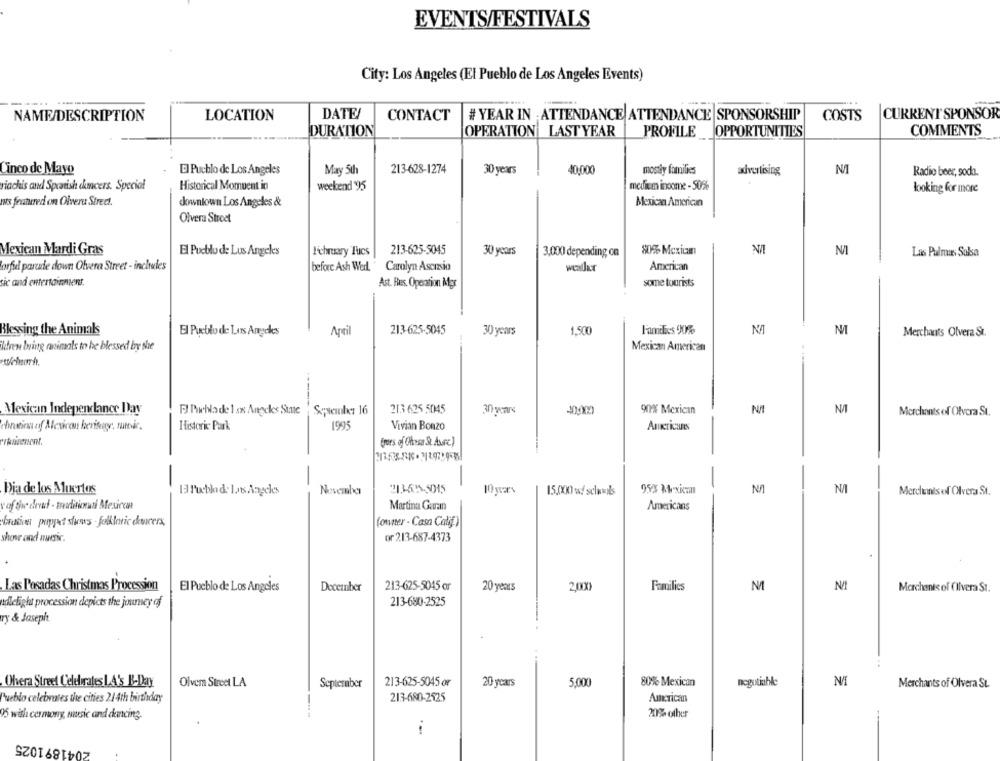
EVENTS/FESTIVALS
City: Los Angeles (El Pueblo de Los Angeles Events)
DATE
CURRENT SPONSOR
NAME/DESCRIPTION
LOCATION
CONTACT
# YEAR IN ATTENDANCE ATTENDANCE SPONSORSHIP
COSTS
DURATION
OPERATION LAST YEAR
PROFILE
OPPORTUNITIES
COMMENTS
Cinco de Mayo
El Pueblo de Los Angeles
May 5th
213-628-1274
30 years
40,000
mostly families
advertising
Radio beer, soda.
viachis and Spanish chancers. Special
Historical Moment in
weekend '95
mediem inoone - 50%
looking for more
mus featured on Olvera Street.
downtown Los Angeles &
Mexican American
Olvera Street
Mexican Mardi Gras
El Pueblo de Los Angeles
Lichruary Tues
213-625-5045
30 years
80% Mexium
N/I
3,000 depending on
Las Palmas Salsa
orfiel parude down Olvera Street - includes
before Ash Wed.
before Ash Wed, Carolyn Ascizsio
American
weallar
sic and entertainment.
Ast. Res. Operation Mgr
some tourists
Blessing the Animals
El Pueblo de Los Angeles
Apri
213-625-5045
30 years
1,500
NA
Merchants Olvera St.
krew bning motimals to be blessed by the
Mexican American
Mexican Independance Day
FI Pwchla de 1 sx Angeles Stute
Spsember 16
213 625 5045
30 years
90% Mexican
Merchants of Olvera St.
hirutina of Mevirou heritage, sumir.
Historic Park
199
Vivian Bonzo
Americans
frors of Chess Se Avere.)
-
Dia de los Muertos
El Pueblo de 1.ns Angeles
November
213-65-5015
15.0000 w/ sclumls
957 Mexican
NA
Merdennis of Olvera St.
v of the dead - traditional Mexicaan
Martina Garran
Americans
brasier proppet stanes folkloric ducers,
(owner - Casa Calif )
shove and music.
or 213-687-4373
213-625-5045 or
20 years
2.00X
Families
M
N/I
Las Pesadas Christmas Procession
El Pueblo de Los Angeles
December
Marchants of (Ilvera St.
213-680-2525
nudlelight procession depicts the journey of
ry & Joseph
Ohera Street Celebrates LA's B-Day
Olvera Street LA
September
213-625-5045 or
20 years
5.000
80% Mexican
negotiable
Merchants of Olvera St.
Pueblo celebrates the cities 21 4th birthday
213-680-2525
American
95 with cermony, nasic cand dancing.
20% other
2041891025